Rangoon Lunatic Asylum 1898-1906 - 1898-1906
Year: 1898
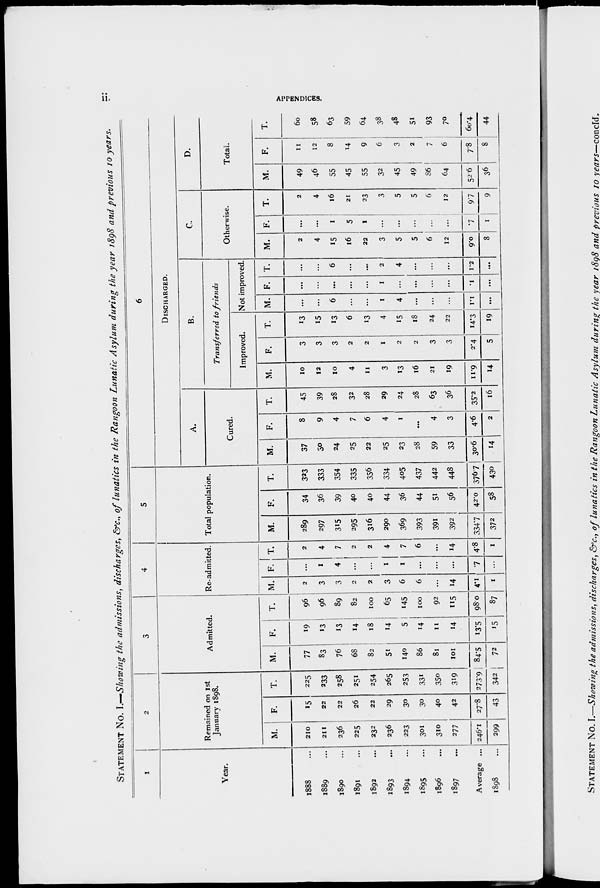
ii.
APPENDICES.
STATEMENT No. I.—Showing the admissions, discharges, &c., of lunatics in the Rangoon Lunatic Asylum during the year 1898 and previous 10 years.
1
Year.
1888 ...
1889 ...
1890 ...
1891 ...
1892 ...
1893 ...
1894 ...
1895 ...
1896 ...
1897 ...
Average ...
1898 ...
2
Remained on 1st
January 1898.
M.
210
211
236
225
232
236
223
301
310
277
246.1
299
F.
15
22
22
26
22
29
30
30
40
42
27.8
43
T.
225
233
258
251
254
265
253
331
350
319
273.9
342
3
Admitted.
M.
77
83
76
68
82
51
140
86
81
101
84.5
72
F.
19
13
13
14
18
14
5
14
11
14
13.5
15
T.
96
96
89
82
100
65
145
100
92
115
98.0
87
4
Re-admitted.
M.
2
3
3
2
2
3
6
6
...
14
4.1
1
F.
...
1
4
...
...
1
1
...
...
...
.7
...
T.
2
4
7
2
2
4
7
6
...
14
48
1
5
Total population.
M.
289
297
315
295
316
290
369
393
391
392
334.7
372
F.
34
36
39
40
40
44
36
44
51
56
42.0
58
T.
323
333
354
335
356
334
405
437
442
448
376.7
430
6
DISCHARGED.
A.
Cured.
M.
37
30
24
25
22
25
23
28
59
33
30.6
14
F.
8
9
4
7
6
4
1
...
4
3
4.6
2
T.
45
39
28
32
28
29
24
28
63
36
35.2
16
B.
Transferred to friends
Improved.
M.
10
12
10
4
11
3
13
16
21
19
11.9
14
F.
3
3
3
2
2
1
2
2
3
3
2.4
5
T.
13
15
13
6
13
4
15
18
24
22
14.3
19
Not improved.
M.
...
...
6
...
...
1
4
...
...
...
1.1
...
F.
...
...
...
...
...
1
...
...
...
...
.1
...
T.
...
...
6
...
...
2
4
...
...
...
1.2
...
C.
Otherwise.
M.
2
4
15
16
22
3
5
5
6
12
9.0
8
F.
...
...
1
5
1
...
...
...
...
...
.7
1
T.
2
4
16
21
23
3
5
5
6
12
9.7
9
D.
Total.
M.
49
46
55
45
55
32
45
49
86
64
52.6
36
F.
11
12
8
14
9
6
3
2
7
6
7.8
8
T.
60
58
63
59
64
38
48
51
93
70
60.4
44